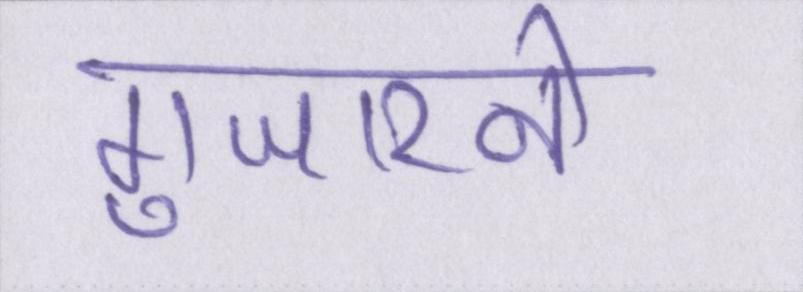
गुजारने